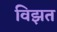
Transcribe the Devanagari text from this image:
विझत